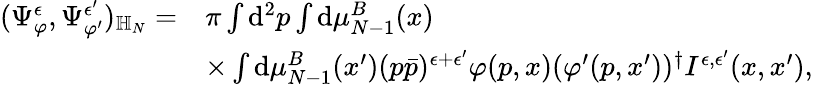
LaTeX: \begin{array}{rl}{(\Psi_{\varphi}^{\epsilon},\Psi_{\varphi^{\prime}}^{\epsilon^{\prime}})_{{\mathbb H}_{N}}=}&{\pi\int\mathrm{d}^{2}p\int\mathrm{d}\mu_{N-1}^{B}(x)}\\ &{\times\int\mathrm{d}\mu_{N-1}^{B}(x^{\prime})(p\bar{p})^{\epsilon+\epsilon^{\prime}}\varphi(p,x)(\varphi^{\prime}(p,x^{\prime}))^{\dagger}I^{\epsilon,\epsilon^{\prime}}(x,x^{\prime}),}\end{array}